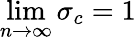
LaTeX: \operatorname*{lim}_{n\to\infty}\sigma_{c}=1